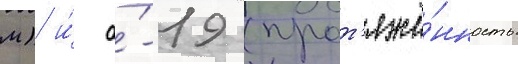
м) и́ а́-19 (прот'яжё́нность